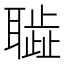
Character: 𦗮